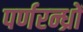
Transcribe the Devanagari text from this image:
पर्णरन्ध्रों